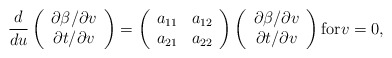
\begin{align*} \frac{d}{du}\left(\begin{array}{c} \partial\beta/\partial v\\ \partial t/\partial v \end{array}\right)=\left(\begin{array}{cc} a_{11} & a_{12}\\ a_{21} & a_{22}\end{array}\right)\left(\begin{array}{c} \partial\beta/\partial v\\ \partial t/\partial v\end{array}\right)\textrm{for} v=0,\end{align*}